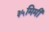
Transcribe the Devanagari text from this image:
३५मिमी